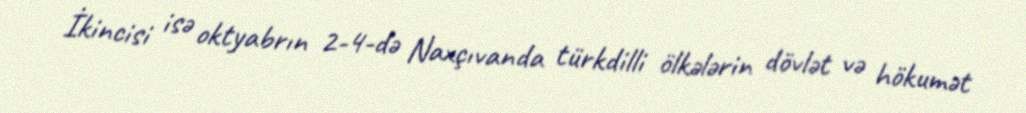
İkincisi isə oktyabrın 2-4-də Naxçıvanda türkdilli ölkələrin dövlət və hökumət